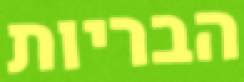
הבריות